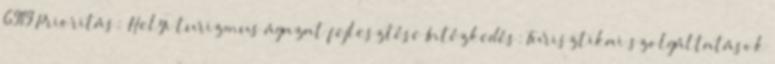
6919 Prioritás: Helyi turizmus ágazat fejlesztése Intézkedés: Turisztikai szolgáltatások